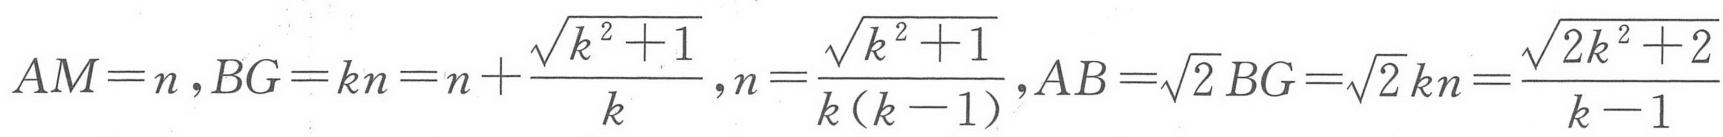
\[
AM = n,BG = kn=n+\frac{\sqrt{k^{2}+1}}{k},n=\frac{\sqrt{k^{2}+1}}{k(k - 1)},AB=\sqrt{2}BG=\sqrt{2}kn=\frac{\sqrt{2k^{2}+2}}{k - 1}
\]